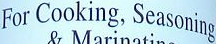
For Cooking, Seasoning